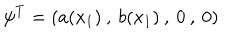
LaTeX: \psi ^ { T } = ( a ( x _ { 1 } ) \: , \: b ( x _ { 1 } ) \: , \: 0 \: , \: 0 )